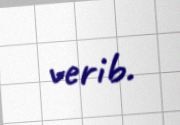
verib.